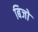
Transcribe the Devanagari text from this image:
बिजो